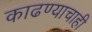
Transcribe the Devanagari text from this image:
काढण्याचाही